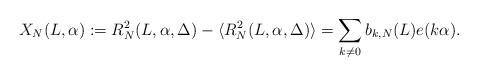
LaTeX: \begin{align*} X_N(L,\alpha):=R_N^2(L,\alpha,\Delta)-\langle R_N^2(L,\alpha,\Delta)\rangle =\sum_{k\ne 0}b_{k,N}(L)e(k\alpha). \end{align*}